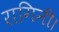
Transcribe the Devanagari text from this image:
रागिनी।